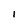
Character: l